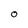
Character: O